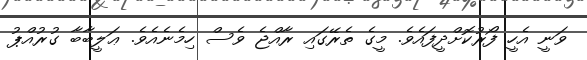
ވަނީ އެހީ ފޯރުކޮށްދީފައެވެ. މީގެ ތެރޭގައި ރާއްޖެ ވެސް ހިމެނެއެވެ. ޢަލީބާބާ ގުރުއްޕު